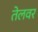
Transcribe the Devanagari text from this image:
तेलवर